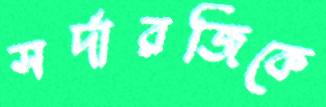
সর্দারজিকে